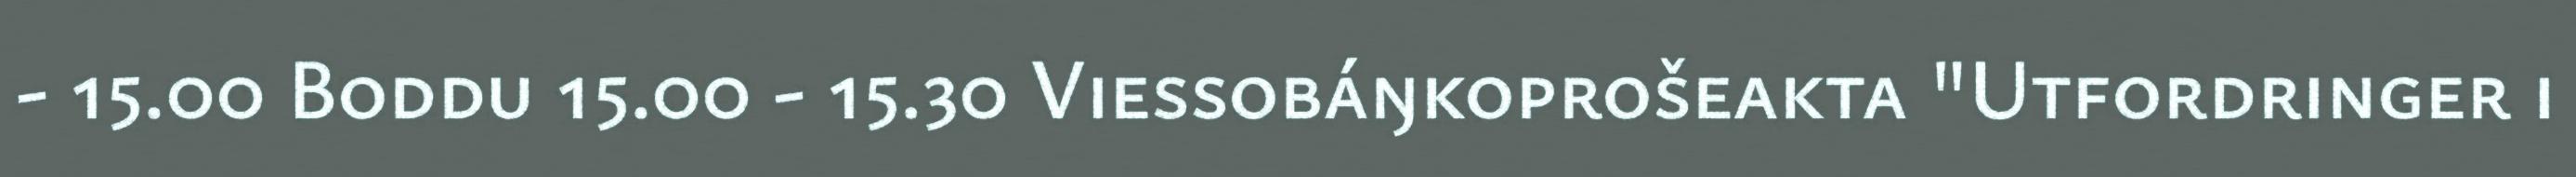
- 15.00 Boddu 15.00 - 15.30 Viessobáŋkoprošeakta "Utfordringer i